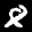
Label: 8